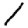
Digit: 1